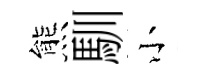
熊馴小